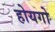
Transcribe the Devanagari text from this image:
होयगो